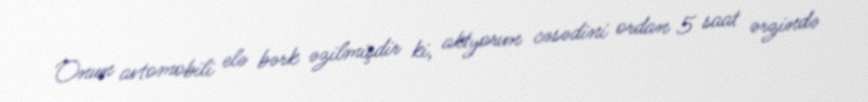
Onun avtomobili elə bərk əzilmişdir ki, aktyorun cəsədini ordan 5 saat ərzində